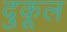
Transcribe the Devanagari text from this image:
दुकूल